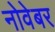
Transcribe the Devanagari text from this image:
नोवेबर